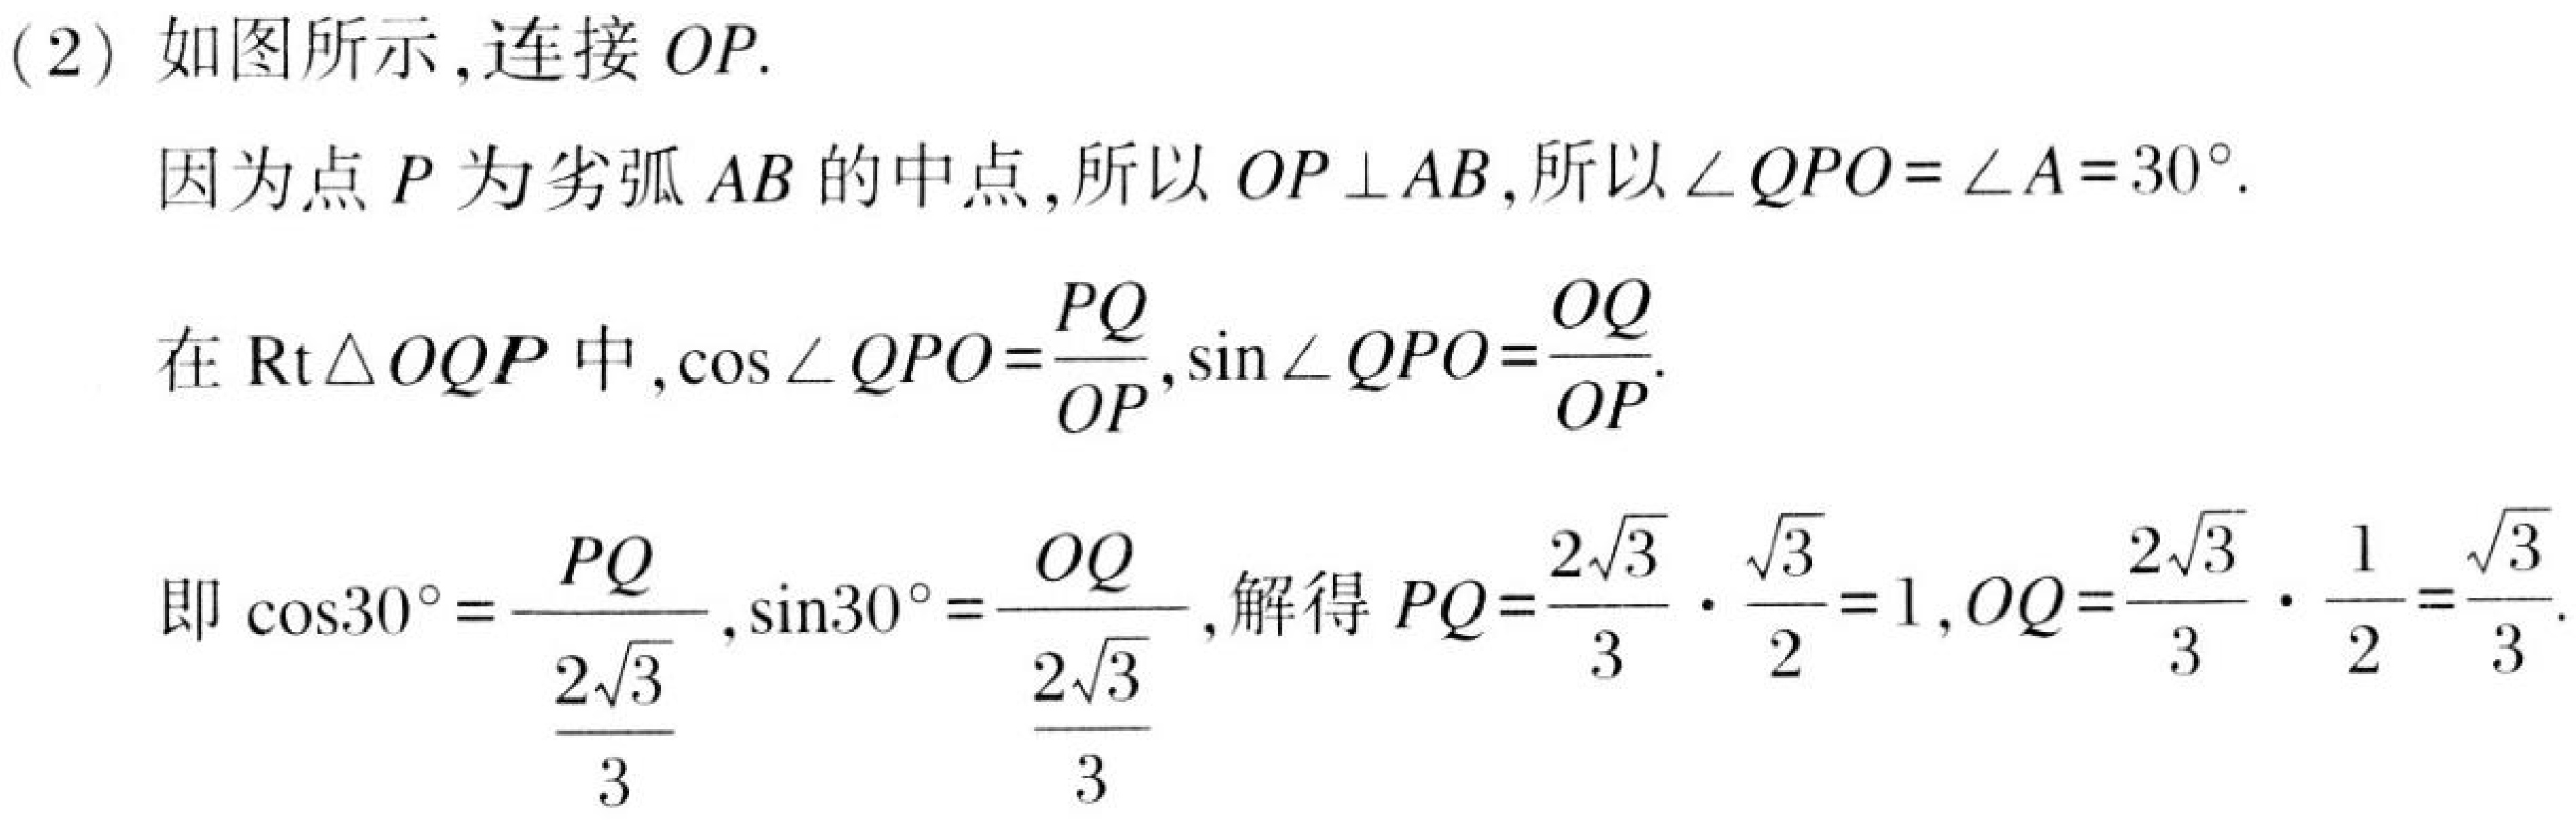
(2) 如图所示,连接 \(OP\).
因为点 \(P\) 为劣弧 \(AB\) 的中点,所以 \(OP\perp AB\),所以 \(\angle QPO = \angle A=30^{\circ}\).
在 \(\text{Rt}\triangle OQP\) 中,\(\cos\angle QPO=\frac{PQ}{OP},\sin\angle QPO=\frac{OQ}{OP}\).
即 \(\cos30^{\circ}=\frac{PQ}{\frac{2\sqrt{3}}{3}},\sin30^{\circ}=\frac{OQ}{\frac{2\sqrt{3}}{3}}\),解得 \(PQ = \frac{2\sqrt{3}}{3}\cdot\frac{\sqrt{3}}{2}=1,OQ=\frac{2\sqrt{3}}{3}\cdot\frac{1}{2}=\frac{\sqrt{3}}{3}\).